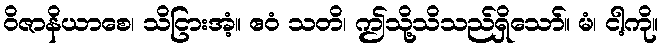
ဝိဇာနိယာစေ၊ သိငြားအံ့။ ဧဝံ သတိ၊ ဤသို့သိသည်ရှိသော်။ မံ၊ ငါ့ကို။